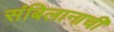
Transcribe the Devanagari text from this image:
संबिलानाची